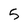
Character: 5